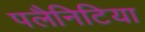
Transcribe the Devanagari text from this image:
पलैनिटिया